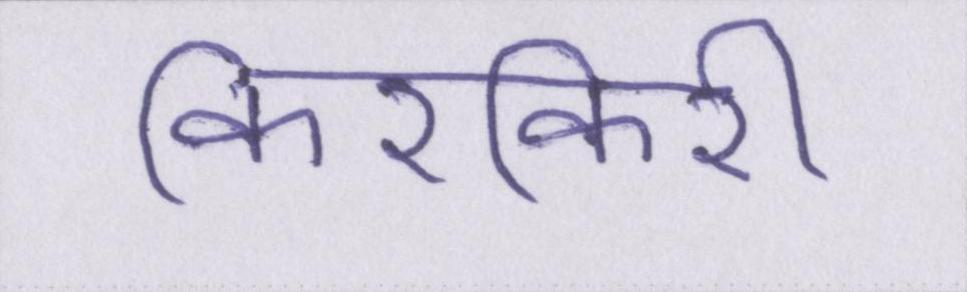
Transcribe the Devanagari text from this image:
किरकिरी